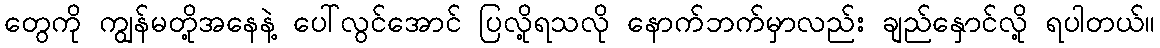
တွေကို ကျွန်မတို့အနေနဲ့ ပေါ်လွင်အောင် ပြလို့ရသလို နောက်ဘက်မှာလည်း ချည်နှောင်လို့ ရပါတယ်။